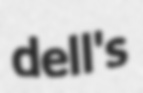
dell's